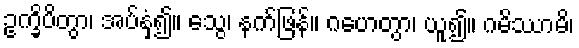
ဥက္ခိပိတွာ၊ အပ်နှံ၍။ သွေ၊ နက်ဖြန်။ ဂဟေတွာ၊ ယူ၍။ ဂမိဿာမိ၊